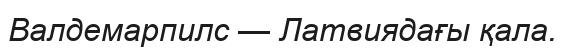
Валдемарпилс — Латвиядағы қала.